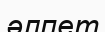
әлпет